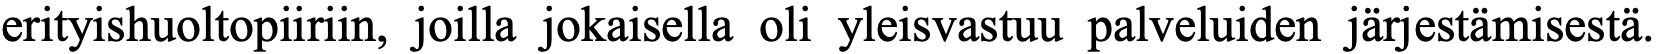
erityishuoltopiiriin, joilla jokaisella oli yleisvastuu palveluiden järjestämisestä.